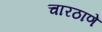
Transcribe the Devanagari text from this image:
चारठाणे